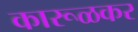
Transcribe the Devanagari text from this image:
कारूळकर